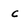
Character: c